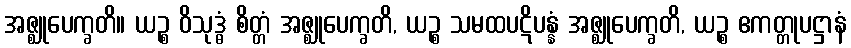
အဇ္ဈုပေက္ခတိ။ ယဉ္စ ဝိသုဒ္ဓံ စိတ္တံ အဇ္ဈုပေက္ခတိ, ယဉ္စ သမထပဋိပန္နံ အဇ္ဈုပေက္ခတိ, ယဉ္စ ဧကတ္တုပဋ္ဌာနံ